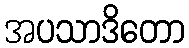
အပသာဒိတော